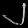
Digit: ၂